Vital statistics of India. Vol. VI, European troops 1870-79
Year: 1870
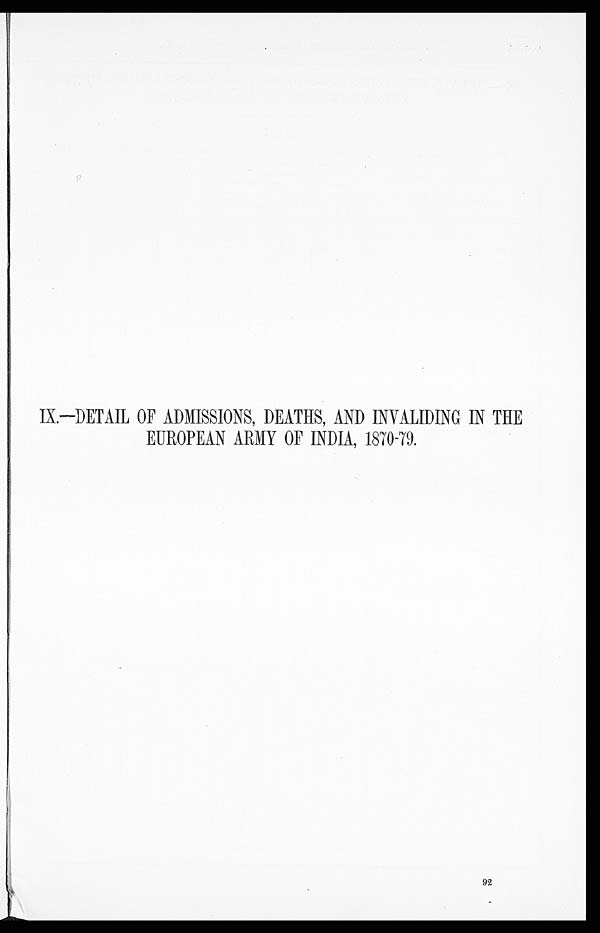
IX.—DETAIL OF ADMISSIONS, DEATHS, AND INVALIDING IN THE
EUROPEAN ARMY OF INDIA, 1870-79.